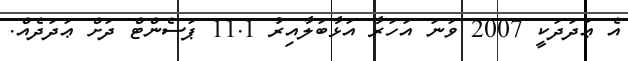
އެ ޢަދަދަކީ 2007 ވަނަ އަހަރާ އަޅާބަލާއިރު 11.1 ޕަސެންޓް ދަށް ޢަދަދެއް.